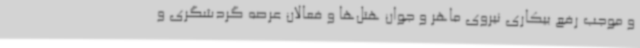
و موجب رفع بیکاری نیروی ماهر و جوان هتل‌ها و فعالان عرصه گردشگری و